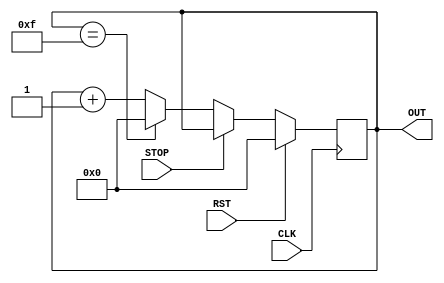
`timescale 1ns / 1ps

module CNTR(
  CLK,
  RST,
  STOP,
  OUT
);

input         CLK;
input         RST;
input         STOP;
output [3:0]  OUT;

reg    [3:0]  OUT=0;

always @(posedge CLK)
begin
  if (RST) OUT <= 4'b0;
  else if (STOP);
    else if( OUT == 4'b1111 ) OUT <= 0;
      else OUT <= OUT + 1;
end

endmodule